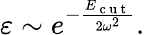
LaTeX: \varepsilon\sim e^{-\frac{E_{\mathrm{~c~u~t~}}}{2\omega^{2}}}.